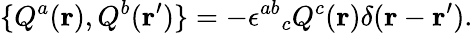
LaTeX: \{ Q^{a}({\mathbf r}),Q^{b}({\mathbf r^{\prime}})\} =-{\epsilon^{ab}}_{c}Q^{c}({\mathbf r})\delta({\mathbf r}-{\mathbf r^{\prime}}).